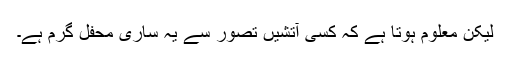
لیکن معلوم ہوتا ہے کہ کسی آتشیں تصور سے یہ ساری محفل گرم ہے۔